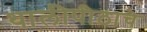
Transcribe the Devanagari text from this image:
थालीपीठाचे